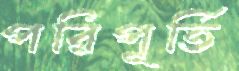
পরিপূর্তি